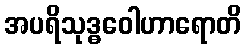
အပရိသုဒ္ဓဝေါဟာရောတိ